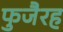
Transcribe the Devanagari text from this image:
फुजैरह